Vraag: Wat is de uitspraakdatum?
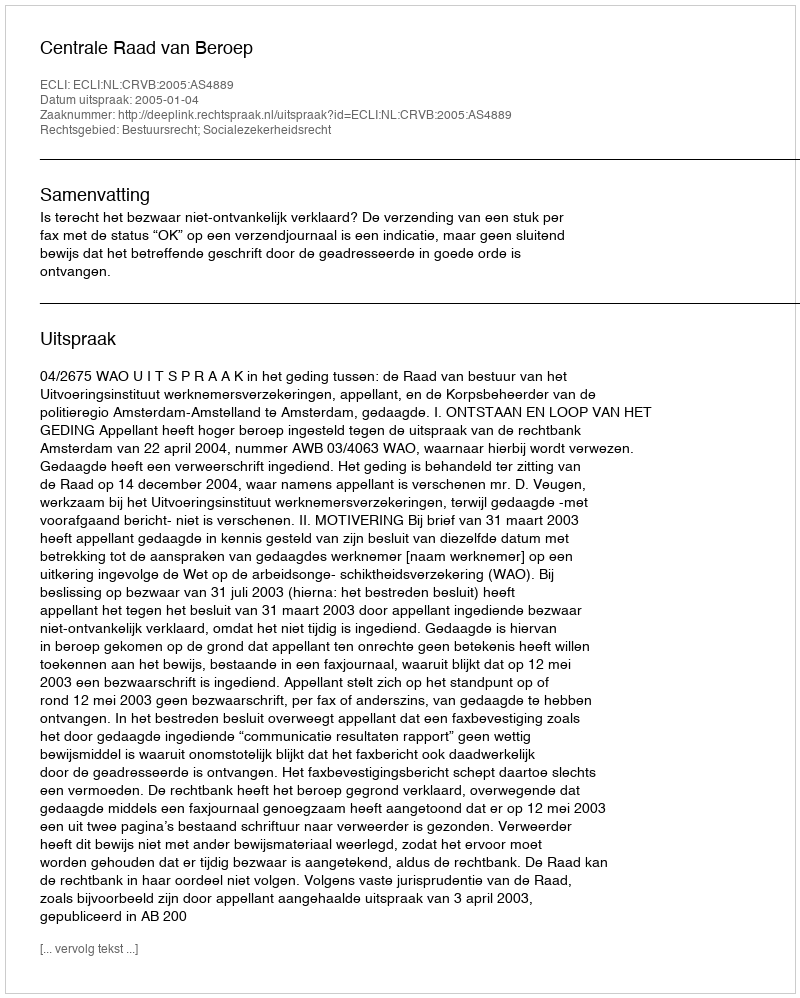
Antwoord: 2005-01-04